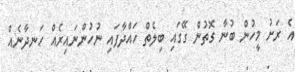
އެ ރަށު މީހުން ބުނާ ގޮތުން ގޭގައި ބިލެތް ހައްދާފައި ނުހުންނައިރެއް ހަނދާނެއް